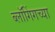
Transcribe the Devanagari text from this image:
ब्लॉगिंगच्या